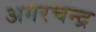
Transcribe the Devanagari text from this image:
अगरचन्द्र